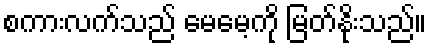
စကားလက်သည် မေမေ့ကို မြတ်နိုးသည်။